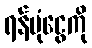
ရန်ပုံငွေကို